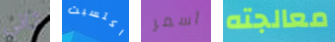
ثاني اكتسبت أسمر معالجته